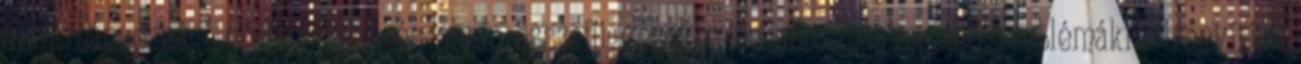
alkotmányossági problémákat, és olyan összefüggésekre és alkotmányossági problémákra irányítják